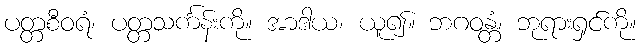
ပတ္တစီဝရံ၊ ပတ္တသင်္ကန်းကို။ အာဒါယ၊ ယူ၍။ ဘဂဝန္တံ၊ ဘုရားရှင်ကို။